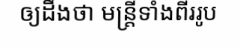
ឲ្យដឹងថា មន្ត្រីទាំងពីររូប